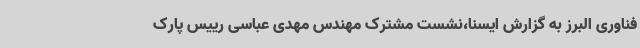
فناوری البرز به گزارش ایسنا،نشست مشترک مهندس مهدی عباسی رییس پارک